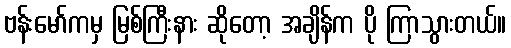
ဗန်းမော်ကမှ မြစ်ကြီးနား ဆိုတော့ အချိန်က ပို ကြာသွားတယ်။